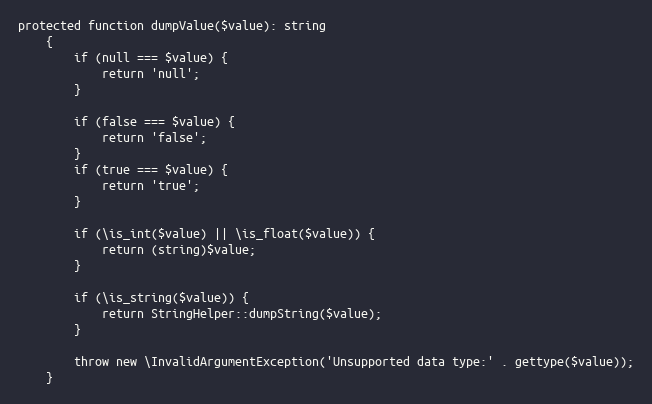
Language: PHP
protected function dumpValue($value): string
    {
        if (null === $value) {
            return 'null';
        }

        if (false === $value) {
            return 'false';
        }
        if (true === $value) {
            return 'true';
        }

        if (\is_int($value) || \is_float($value)) {
            return (string)$value;
        }

        if (\is_string($value)) {
            return StringHelper::dumpString($value);
        }

        throw new \InvalidArgumentException('Unsupported data type:' . gettype($value));
    }